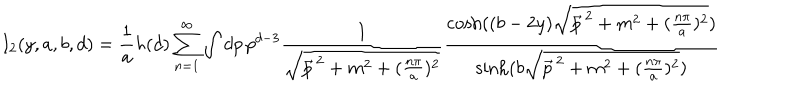
LaTeX: I _ { 2 } ( y , a , b , d ) = \frac { 1 } { a } h ( d ) \sum _ { n = 1 } ^ { \infty } \int d p \, p ^ { d - 3 } \frac { 1 } { \sqrt { \vec { p } ^ { \, 2 } + m ^ { 2 } + ( \frac { n \pi } { a } ) ^ { 2 } } } \frac { \cosh ( ( b - 2 y ) \sqrt { \vec { p } ^ { \, 2 } + m ^ { 2 } + ( \frac { n \pi } { a } ) ^ { 2 } } ) } { \sinh ( b \sqrt { \vec { p } ^ { \, 2 } + m ^ { 2 } + ( \frac { n \pi } { a } ) ^ { 2 } } ) }